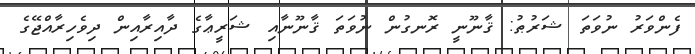
ފެންވަރު ނުވަތަ ޝަރުޠު: ޤާނޫނީ ރޮނގުން ނުވަތަ ޤާނޫނާއި ޝަރީޢާގެ ދާއިރާއިން ދިވެހިރާއްޖޭގެ